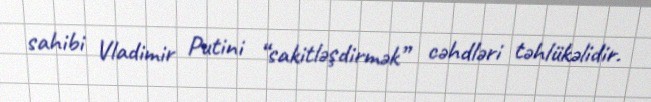
sahibi Vladimir Putini “sakitləşdirmək” cəhdləri təhlükəlidir.